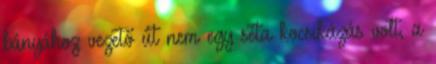
bányához vezető út nem egy séta kocsikázás volt, a